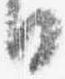
日